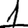
Digit: 1